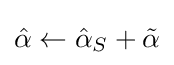
{\hat {\alpha }}\leftarrow {\hat {\alpha }}_{S}+{\tilde {\alpha }}